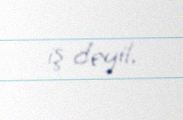
iş deyil.